Epidemic dropsy in Calcutta - Number 45
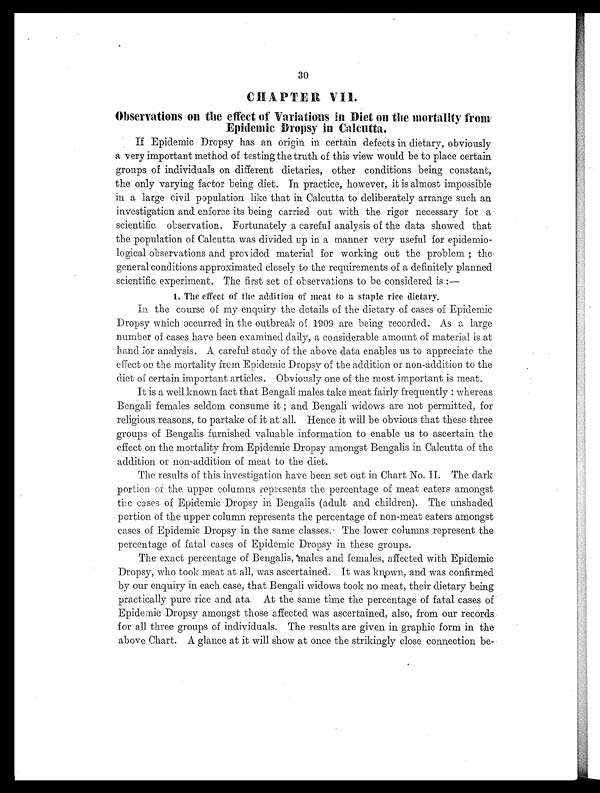
30
CHAPTER VII.
Observations on the effect of Variations in Diet on the mortality from
Epidemic Dropsy in Calcutta.
If Epidemic Dropsy has an origin in certain defects in dietary, obviously
a very important method of testing the truth of this view would be to place certain
groups of individuals on different dietaries, other conditions being constant,
the only varying factor being diet. In practice, however, it is almost impossible
in a large civil population like that in Calcutta to deliberately arrange such an
investigation and enforce its being carried out with the rigor necessary for a
scientific, observation. Fortunately a careful analysis of the data showed that
the population of Calcutta was divided up in a manner very useful for epidemio-
logical observations and provided material for working out the problem ; the
general conditions approximated closely to the requirements of a definitely planned
scientific experiment. The first set of observations to be considered is :—
1. The effect of the addition of meat to a staple rice dietary.
In the course of my enquiry the details of the dietary of cases of Epidemic
Dropsy which occurred in the outbreak of 1909 are being recorded. As a large
number of cases have been examined daily, a considerable amount of material is at
hand for analysis. A careful study of the above data enables us to appreciate, the
effect on the mortality from Epidemic Dropsy of the addition or non-addition to the
diet of certain important articles. Obviously one of the most important is meat.
It is a well known fact that Bengali males take meat fairly frequently : whereas
Bengali females seldom consume it and Bengali widows are not permitted, for
religious reasons, to partake of it at all. Hence it will be obvious that these three
groups of Bengalis furnished valuable information to enable us to ascertain the
effect on the mortality from Epidemic Dropsy amongst Bengalis in Calcutta of the
addition or non-addition of meat to the diet.
The results of this investigation have been set out in Chart No. II. The dark
portion of the upper columns represents the percentage of meat eaters amongst
the cases of Epidemic Dropsy in Bengalis (adult and children). The unshaded
portion of the upper column represents the percentage of non-meat eaters amongst
cases of Epidemic Dropsy in the same classes. The lower columns represent the
percentage of fatal cases of Epidemic Dropsy in these groups.
The exact percentage of Bengalis, males and females, affected with Epidemic
Dropsy, who took meat at all, was ascertained. It was known, and was confirmed
by our enquiry in each case, that Bengali widows took no meat, their dietary being
practically pure rice and ata. At the same time the percentage of fatal cases of
Epidemic Dropsy amongst those affected was ascertained, also, from our records
for all three groups of individuals. The results are given in graphic form in the
above Chart. A glance at it will show at once the strikingly close connection be-